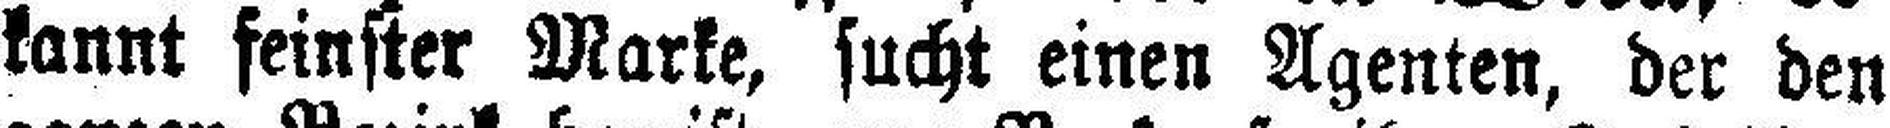
kannt feinster Marke, sucht einen Agenten, der den